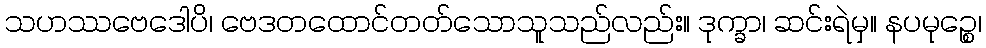
သဟဿဗေဒေါပိ၊ ဗေဒတထောင်တတ်သောသူသည်လည်း။ ဒုက္ခာ၊ ဆင်းရဲမှ။ နပမုဉ္စေ၊